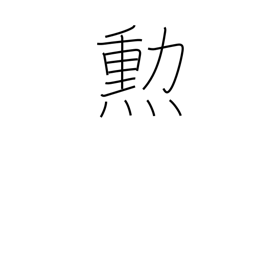
Meaning: merit